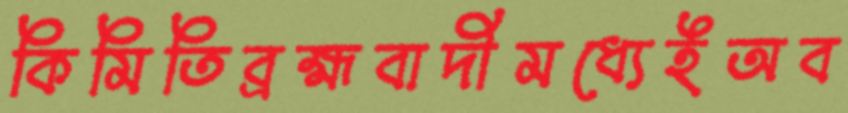
কিমিতিব্রহ্মবাদীমধ্যেইঅব